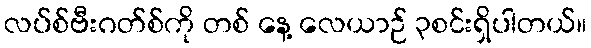
လပ်စ်ဗီးဂတ်စ်ကို တစ် နေ့ လေယာဉ် ၃စင်းရှိပါတယ်။